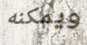
ويمكنه